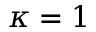
\kappa = 1